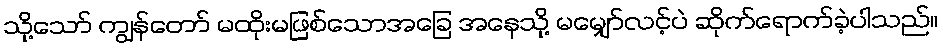
သို့သော် ကျွန်တော် မထိုးမဖြစ်သောအခြေ အနေသို့ မမျှော်လင့်ပဲ ဆိုက်ရောက်ခဲ့ပါသည်။